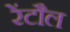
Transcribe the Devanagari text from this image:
रेंटौल